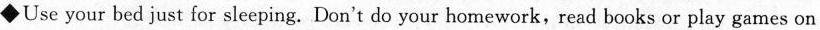
◆Use your bed just for sleeping. Don't do your homework,read books or play games on